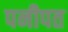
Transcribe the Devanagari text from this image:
पनीपत